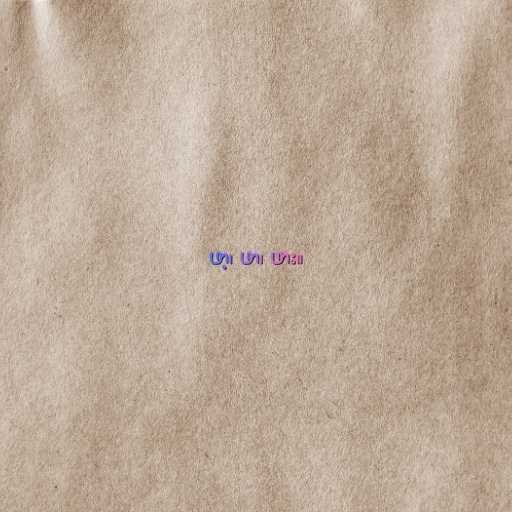
ဖာ့၊ ဖာ၊ ဖား။